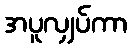
အပူလျှပ်ကာ